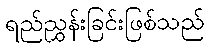
ရည်ညွှန်းခြင်းဖြစ်သည်